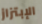
الإبتزاز